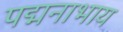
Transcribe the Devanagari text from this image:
पद्मनाभाय